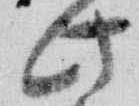
此